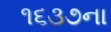
૧૬૩૭ના